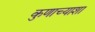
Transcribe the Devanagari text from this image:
कुणाच्याशा